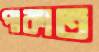
পাকাত